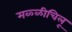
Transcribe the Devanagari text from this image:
मळ्ळीचिलू